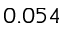
0 . 0 5 4